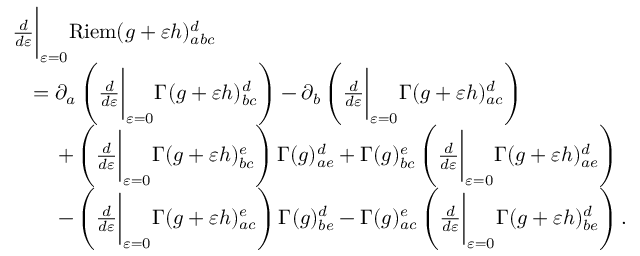
\begin{array} { r l } & { \frac { d } { d \varepsilon } \bigg \vert _ { \varepsilon = 0 } \mathrm { R i e m } ( g + \varepsilon h ) _ { a b c } ^ { d } } \\ & { \quad = \partial _ { a } \left( \frac { d } { d \varepsilon } \bigg \vert _ { \varepsilon = 0 } \Gamma ( g + \varepsilon h ) _ { b c } ^ { d } \right) - \partial _ { b } \left( \frac { d } { d \varepsilon } \bigg \vert _ { \varepsilon = 0 } \Gamma ( g + \varepsilon h ) _ { a c } ^ { d } \right) } \\ & { \quad \quad \, + \left( \frac { d } { d \varepsilon } \bigg \vert _ { \varepsilon = 0 } \Gamma ( g + \varepsilon h ) _ { b c } ^ { e } \right) \Gamma ( g ) _ { a e } ^ { d } + \Gamma ( g ) _ { b c } ^ { e } \left( \frac { d } { d \varepsilon } \bigg \vert _ { \varepsilon = 0 } \Gamma ( g + \varepsilon h ) _ { a e } ^ { d } \right) } \\ & { \quad \quad \, - \left( \frac { d } { d \varepsilon } \bigg \vert _ { \varepsilon = 0 } \Gamma ( g + \varepsilon h ) _ { a c } ^ { e } \right) \Gamma ( g ) _ { b e } ^ { d } - \Gamma ( g ) _ { a c } ^ { e } \left( \frac { d } { d \varepsilon } \bigg \vert _ { \varepsilon = 0 } \Gamma ( g + \varepsilon h ) _ { b e } ^ { d } \right) . } \end{array}